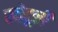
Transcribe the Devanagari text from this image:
खोदूनी